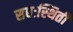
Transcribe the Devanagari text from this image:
सद्यःस्थिती